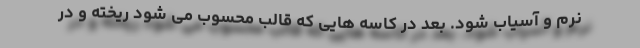
نرم و آسیاب شود. بعد در کاسه هایی که قالب محسوب می شود ریخته و در